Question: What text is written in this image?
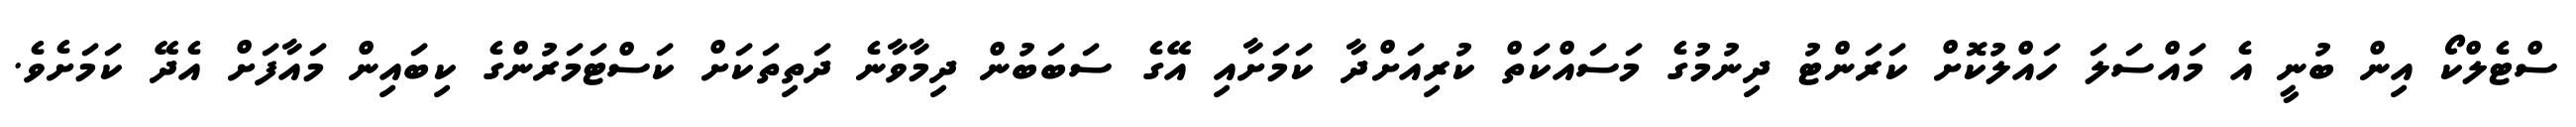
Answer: ސްޓެލްކޯ އިން ބުނީ އެ މައްސަލަ ހައްލުކޮށް ކަރަންޓު ދިނުމުގެ މަސައްކަތް ކުރިއަށްދާ ކަމަށާއި އޭގެ ސަބަބުން ދިމާވާނެ ދަތިތަކަށް ކަސްޓަމަރުންގެ ކިބައިން މައާފަށް އެދޭ ކަމަށެވެ.